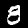
Digit: 8